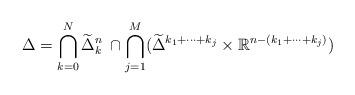
LaTeX: \begin{align*}\Delta=\bigcap_{k=0}^N \widetilde{\Delta}^n_k\hskip1mm\cap\bigcap_{j=1}^M(\widetilde{\Delta}^{k_1+\cdots+ k_j}\times\mathbb{R}^{n-(k_1+\cdots+ k_j)})\end{align*}